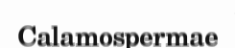
Calamospermae